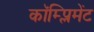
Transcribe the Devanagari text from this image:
कॉम्प्लिमेंट